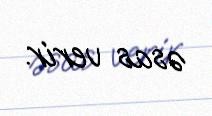
əsas verir.